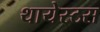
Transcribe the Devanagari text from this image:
थायेस्टस